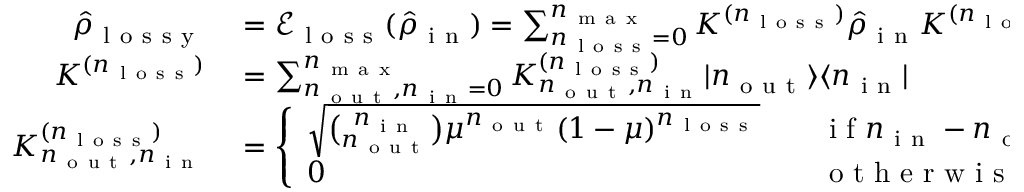
\begin{array} { r l } { \hat { \rho } _ { \mathrm { ~ l ~ o ~ s ~ s ~ y ~ } } } & { { } = \mathscr { E } _ { \mathrm { ~ l ~ o ~ s ~ s ~ } } ( \hat { \rho } _ { \mathrm { ~ i ~ n ~ } } ) = \sum _ { n _ { \mathrm { ~ l ~ o ~ s ~ s ~ } } = 0 } ^ { n _ { \mathrm { ~ m ~ a ~ x ~ } } } K ^ { ( n _ { \mathrm { ~ l ~ o ~ s ~ s ~ } } ) } \hat { \rho } _ { \mathrm { ~ i ~ n ~ } } K ^ { ( n _ { \mathrm { ~ l ~ o ~ s ~ s ~ } } ) \dag } , } \\ { K ^ { ( n _ { \mathrm { ~ l ~ o ~ s ~ s ~ } } ) } } & { { } = \sum _ { n _ { \mathrm { ~ o ~ u ~ t ~ } } , n _ { \mathrm { ~ i ~ n ~ } } = 0 } ^ { n _ { \mathrm { ~ m ~ a ~ x ~ } } } K _ { n _ { \mathrm { ~ o ~ u ~ t ~ } } , n _ { \mathrm { ~ i ~ n ~ } } } ^ { ( n _ { \mathrm { ~ l ~ o ~ s ~ s ~ } } ) } \vert n _ { \mathrm { ~ o ~ u ~ t ~ } } \rangle \langle n _ { \mathrm { ~ i ~ n ~ } } \vert } \\ { K _ { n _ { \mathrm { ~ o ~ u ~ t ~ } } , n _ { \mathrm { ~ i ~ n ~ } } } ^ { ( n _ { \mathrm { ~ l ~ o ~ s ~ s ~ } } ) } } & { { } = \left\{ \begin{array} { l l } { \sqrt { \binom { n _ { \mathrm { ~ i ~ n ~ } } } { n _ { \mathrm { ~ o ~ u ~ t ~ } } } \mu ^ { n _ { \mathrm { ~ o ~ u ~ t ~ } } } ( 1 - \mu ) ^ { n _ { \mathrm { ~ l ~ o ~ s ~ s ~ } } } } } & { \quad \mathrm { ~ i ~ f ~ } n _ { \mathrm { ~ i ~ n ~ } } - n _ { \mathrm { ~ o ~ u ~ t ~ } } = n _ { \mathrm { ~ l ~ o ~ s ~ s ~ } } } \\ { 0 } & { \quad \mathrm { ~ o ~ t ~ h ~ e ~ r ~ w ~ i ~ s ~ e ~ } , } \end{array} \right. } \end{array}